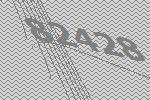
82428